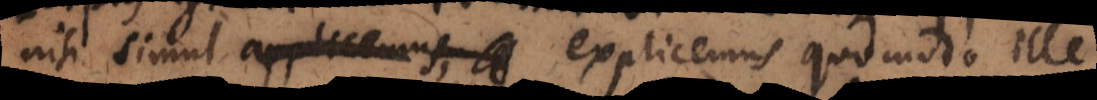
nisi simul explicemus quomodo ille